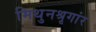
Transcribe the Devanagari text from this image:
मिथुनश्रृगांर